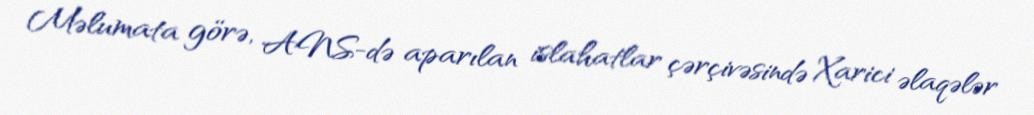
Məlumata görə, ANS-də aparılan islahatlar çərçivəsində Xarici əlaqələr